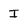
Character: I